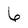
Character: 6